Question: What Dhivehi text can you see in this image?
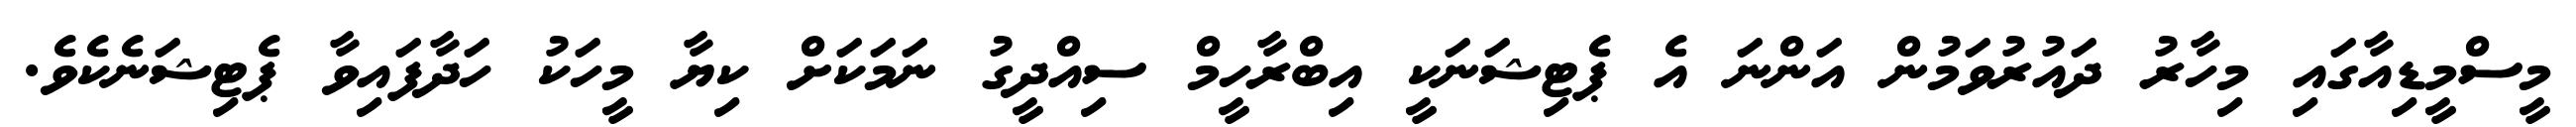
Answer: މީސްމީޑިއާގައި މިހާރު ދައުރުވަމުން އަންނަ އެ ޕެޓިޝަނަކީ އިބްރާހީމް ސިއްދީގު ނަމަކަށް ކިޔާ މީހަކު ހަދާފައިވާ ޕެޓިޝަނެކެވެ.